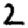
Digit: 2